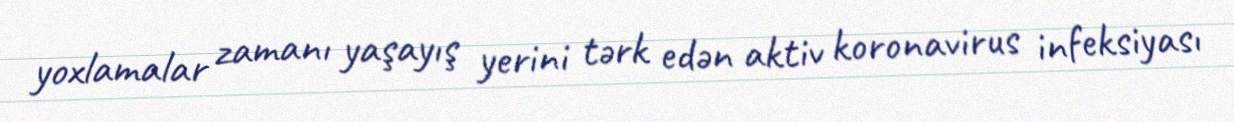
yoxlamalar zamanı yaşayış yerini tərk edən aktiv koronavirus infeksiyası